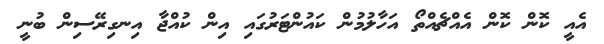
އެއީ ކޮން ކޮން އެއްޗެއްތޯ އަހާލުމުން ކައުންޓަރުގައި އިން ކުއްޖާ އިނގިރޭސިން ބުނީ